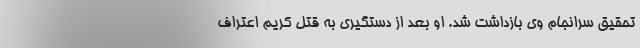
تحقیق سرانجام وی بازداشت شد. او بعد از دستگیری به قتل کریم اعتراف